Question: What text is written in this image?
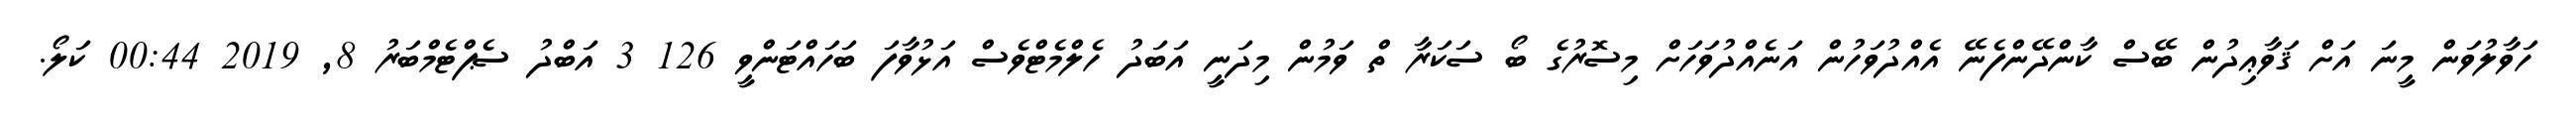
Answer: ހަވާލުވަން މީނަ އަށް ޤަވާޢިދުން ބޭސް ކާންދޭންފެނޭ އެއްދުވަހުން އަނެއްދުވަހަށް މިސޮރުގެ ބޯ ސަކަރާ ތް ވަމުން މިދަނީ އަބަދު ހެލްމެޓްވެސް އަޅުވާފަ ބަހައްޓަންވީ 126 3 އަބްދު ސެޕްޓެމްބަރު 8, 2019 00:44 ކަލޯ.